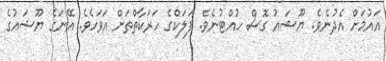
އައުމަށް އެދުނެވެ. ޔޫޝައު ގޮސް ހުއްޓުނެވެ. ފަލަކްގެ ހަރަކާތްތަށް އަވަހެވެ. އޭނަގެ ޔޫޝައުގެ